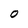
Character: O